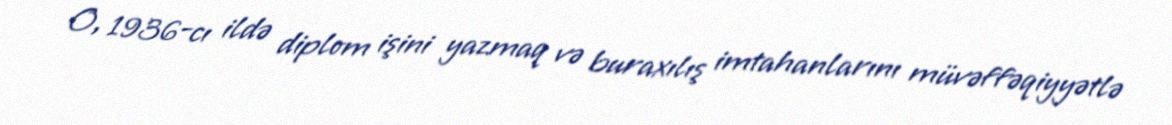
O, 1936-cı ildə diplom işini yazmaq və buraxılış imtahanlarını müvəffəqiyyətlə